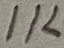
Text: 1K